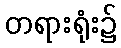
တရားရုံး၌